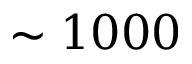
\sim 1 0 0 0